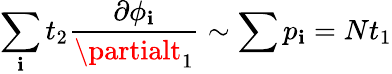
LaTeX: \sum_{\mathbf{i}}t_{2}{\frac{{\partial{\phi_{\mathbf{i}}}}}{{\partialt_{1}}}}\sim\sum{p_{\mathbf{i}}}=Nt_{1}